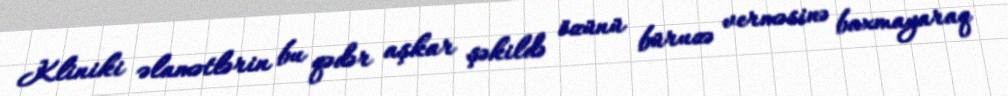
Kliniki əlamətlərin bu qədər aşkar şəkildə özünü büruzə verməsinə baxmayaraq